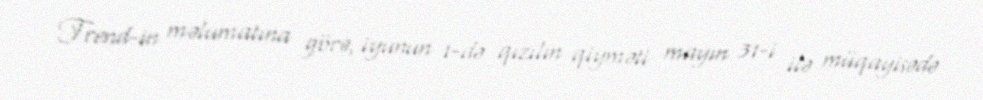
Trend-in məlumatına görə, iyunun 1-də qızılın qiyməti mayın 31-i ilə müqayisədə